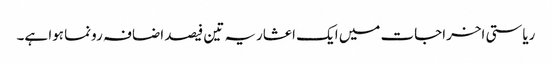
ریاستی اخراجات میں ایک اعشاریہ تین فیصد اضافہ رونما ہوا ہے۔